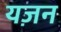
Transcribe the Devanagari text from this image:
यज़न